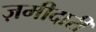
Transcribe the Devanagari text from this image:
ज़मीदारी